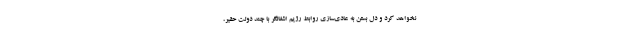
نخواهد کرد و دل بستن به عادی‌سازی روابط رژیم اشغالگر با چند دولت حقیر،